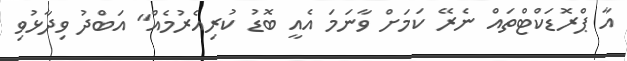
އާ ޕްރޮޑަކްޓްތައް ނެރޭ ކަމަށް ވާނަމަ އެއީ ބޮޑު ކުރިއެރުމެއް" އަބްދު ވިދާޅުވި